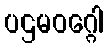
ပဌမဝဂ္ဂေါ